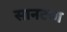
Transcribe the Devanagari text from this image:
सानटाग